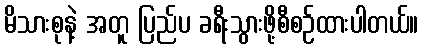
မိသားစုနဲ့ အတူ ပြည်ပ ခရီးသွားဖို့စီစဉ်ထားပါတယ်။